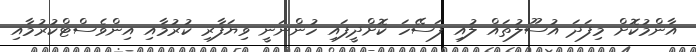
އާންމުކޮށް މިފަދަ އުސޫލުތައް ލުއި ފަސޭހަ ކޮށްދީފައި ހުންނަނީ ވިޔަފާރި ކުރުމާއި އިންވެސްޓްކުރުމާއި